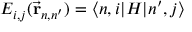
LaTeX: E _ { i , j } ( { \vec { \mathbf { r } } } _ { n , n ^ { \prime } } ) = \langle n , i | H | n ^ { \prime } , j \rangle